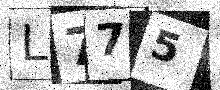
Text: L775